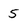
Character: 5